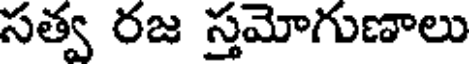
సత్వ రజ స్తమోగుణాలు